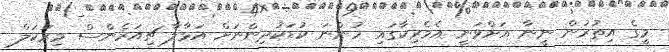
މީގެ އިތުރުން ނީނާ އަށްވަނީ އެމެރިކާގައި ހުންނަ ކުޑަކުދިންނަށް އަޅާލާ ޗިއަރެންސް މިރަކަލް